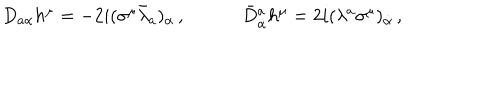
\begin{array} { c c } { { D _ { a \alpha } h ^ { \mu } = - 2 i ( \sigma ^ { \mu } \bar { \lambda } _ { a } ) _ { \alpha } \, , ~ } } & { { ~ \bar { D } { } _ { \dot { \alpha } } ^ { a } h ^ { \mu } = 2 i ( \lambda ^ { a } \sigma ^ { \mu } ) _ { \dot { \alpha } } \, , } } \\ \end{array}